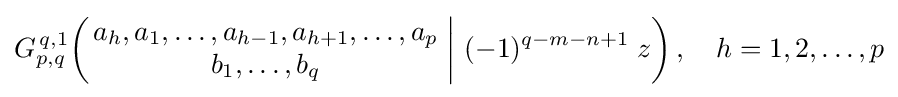
G_{p,q}^{\,q,1}\!\left(\left.{\begin{matrix}a_{h},a_{1},\dots ,a_{h-1},a_{h+1},\dots ,a_{p}\\b_{1},\dots ,b_{q}\end{matrix}}\;\right|\,(-1)^{q-m-n+1}\;z\right),\quad h=1,2,\dots ,p